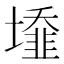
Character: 𡒁